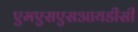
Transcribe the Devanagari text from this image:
एमएसएसआयडीसी